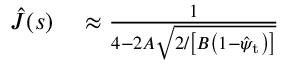
\begin{array} { r l } { \hat { J } ( s ) } & { { } \approx \frac { 1 } { 4 - 2 A \sqrt { 2 / \left[ B \left( 1 - \hat { \psi } _ { \mathrm { t } } \right) \right] } } } \end{array}